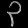
Digit: ၃